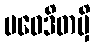
ပဝေဒိတမှိ